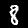
Label: 8